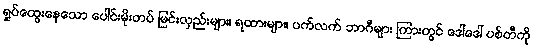
ရှုပ်ထွေးနေသော ပေါင်းမိုးတပ် မြင်းလှည်းများ၊ ရထားများ၊ ပက်လက် ဘာဂီများ ကြားတွင် ဒေါ်ဒေါ် ပစ်တီကို